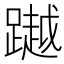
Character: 𨅿